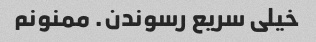
خیلی سریع رسوندن. ممنونم